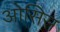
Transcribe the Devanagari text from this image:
ओसिस